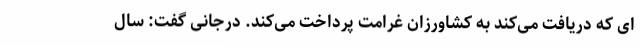
ای که دریافت می‌کند به کشاورزان غرامت پرداخت می‌کند. درجانی گفت: سال